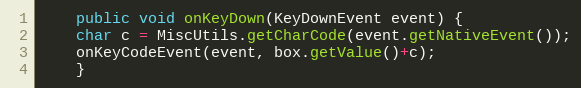
Language: Java
    public void onKeyDown(KeyDownEvent event) {
	char c = MiscUtils.getCharCode(event.getNativeEvent());
	onKeyCodeEvent(event, box.getValue()+c);
    }